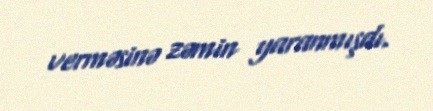
verməsinə zəmin yaranmışdı.